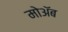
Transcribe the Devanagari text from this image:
मोॲब